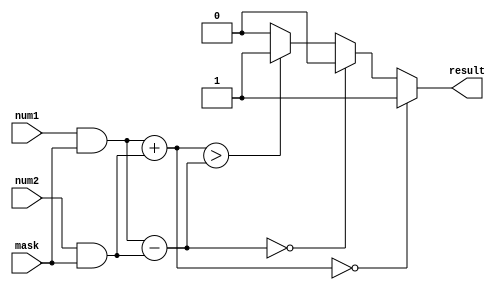
module Masked_Comparator(
    input [7:0] num1,
    input [7:0] num2,
    input [7:0] mask,
    output reg result
);

reg [7:0] addition_result;
reg [7:0] subtraction_result;
reg [7:0] masked_num1;
reg [7:0] masked_num2;

assign masked_num1 = num1 & mask;
assign masked_num2 = num2 & mask;

always @(*)
begin
    addition_result = masked_num1 + masked_num2;
    subtraction_result = masked_num1 - masked_num2;
    
    if(addition_result == 8'b00000000)
        result = 1;
    else if(subtraction_result == 8'b00000000)
        result = 0;
    else if(addition_result > subtraction_result)
        result = 1;
    else
        result = 0;
end

endmodule